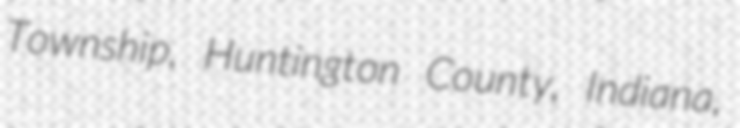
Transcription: Township, Huntington County, Indiana,